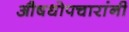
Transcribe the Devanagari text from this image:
औषधोपचारांनी